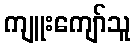
ကျူးကျော်သူ